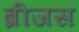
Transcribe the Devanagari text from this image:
ब्रीजस